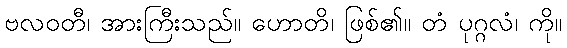
ဗလဝတီ၊ အားကြီးသည်။ ဟောတိ၊ ဖြစ်၏။ တံ ပုဂ္ဂလံ၊ ကို။